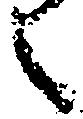
之